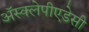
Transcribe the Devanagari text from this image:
अॅस्क्लेपीएडेसी